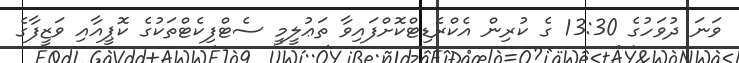
ވަނަ ދުވަހުގެ 13:30 ގެ ކުރިން އެކްރެޑިޓްކޮށްފައިވާ ތަޢުލީމީ ސެޓްފިކެޓްތަކުގެ ކޮޕީއާއި ވަޒީފާގެ